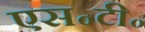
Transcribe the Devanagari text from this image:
एस॰टी॰